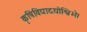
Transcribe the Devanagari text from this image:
कृषिविद्यादयोश्विभे।